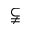
\subsetneqq